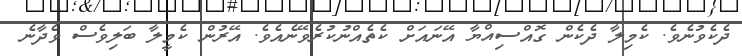
ދެކެވުނެވެ. ކެމިލާ ދެކެން ގޮއްސިއްޔާ އޭނައަށް ކެތެއްނުކުރެވޭނެއެވެ. އޭރުން ކެމީލާ ބަލިވެސް ވެދާނެ